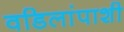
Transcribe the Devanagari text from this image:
वडिलांपाशी